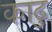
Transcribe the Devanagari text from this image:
काढु